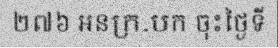
២៧៦ អនក្រ.បក ចុះថ្ងៃទី